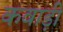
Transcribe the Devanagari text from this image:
कवाड़ी